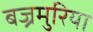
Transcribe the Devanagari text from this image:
बज्रमुरिया